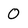
Character: 0